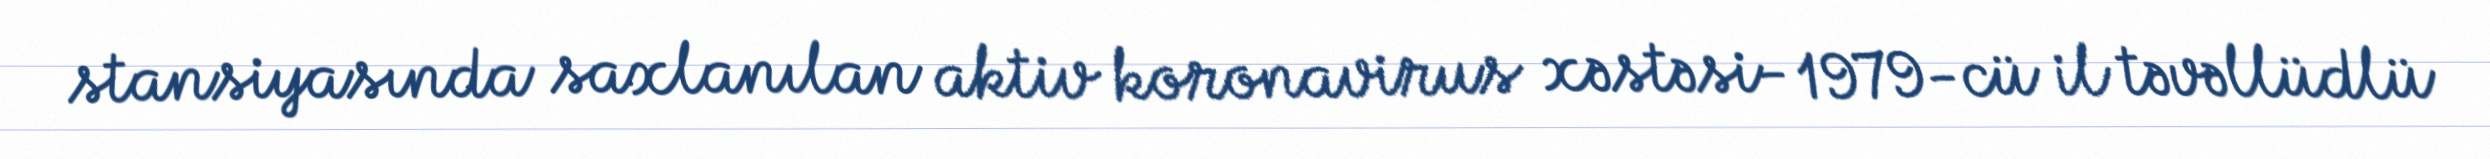
stansiyasında saxlanılan aktiv koronavirus xəstəsi- 1979-cü il təvəllüdlü